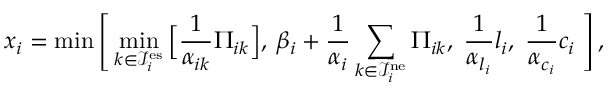
x _ { i } = \operatorname* { m i n } \Bigg [ \operatorname* { m i n } _ { k \in \mathcal { I } _ { i } ^ { \mathrm { e s } } } \Big [ \frac { 1 } { \alpha _ { i k } } \Pi _ { i k } \Big ] , \: \beta _ { i } + \frac { 1 } { \alpha _ { i } } \sum _ { k \in \mathcal { I } _ { i } ^ { \mathrm { n e } } } \Pi _ { i k } , \; \frac { 1 } { \alpha _ { l _ { i } } } l _ { i } , \; \frac { 1 } { \alpha _ { c _ { i } } } c _ { i } \; \Bigg ] \, ,